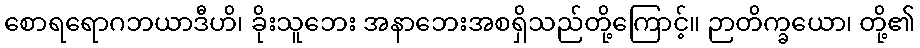
စောရရောဂဘယာဒီဟိ၊ ခိုးသူဘေး အနာဘေးအစရှိသည်တို့ကြောင့်။ ဉာတိက္ခယော၊ တို့၏